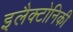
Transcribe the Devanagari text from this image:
इलैक्टोनिकी